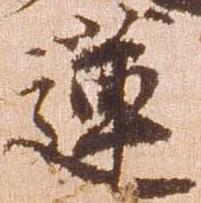
蓮